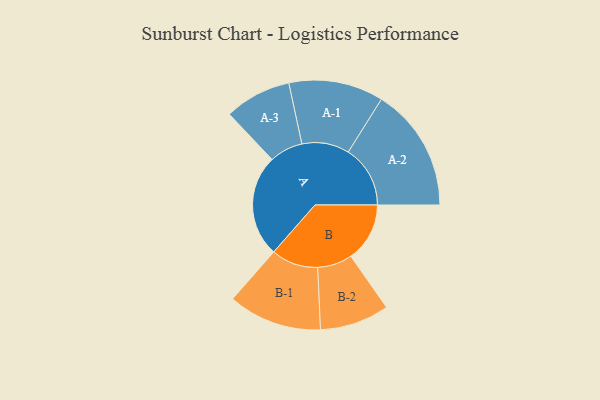
{"axis": {"x": "Segment", "y": "Value"}, "legend": ["", "A", "B"], "data": [{"x": "A", "y": 461, "type": ""}, {"x": "B", "y": 266, "type": ""}, {"x": "A-1", "y": 214, "type": "A"}, {"x": "A-2", "y": 280, "type": "A"}, {"x": "A-3", "y": 151, "type": "A"}, {"x": "B-1", "y": 212, "type": "B"}, {"x": "B-2", "y": 157, "type": "B"}]}